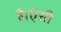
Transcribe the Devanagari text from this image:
हैं।ऐसी